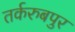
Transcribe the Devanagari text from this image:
तर्करुबपुर